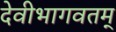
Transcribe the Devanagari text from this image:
देवीभागवतम्